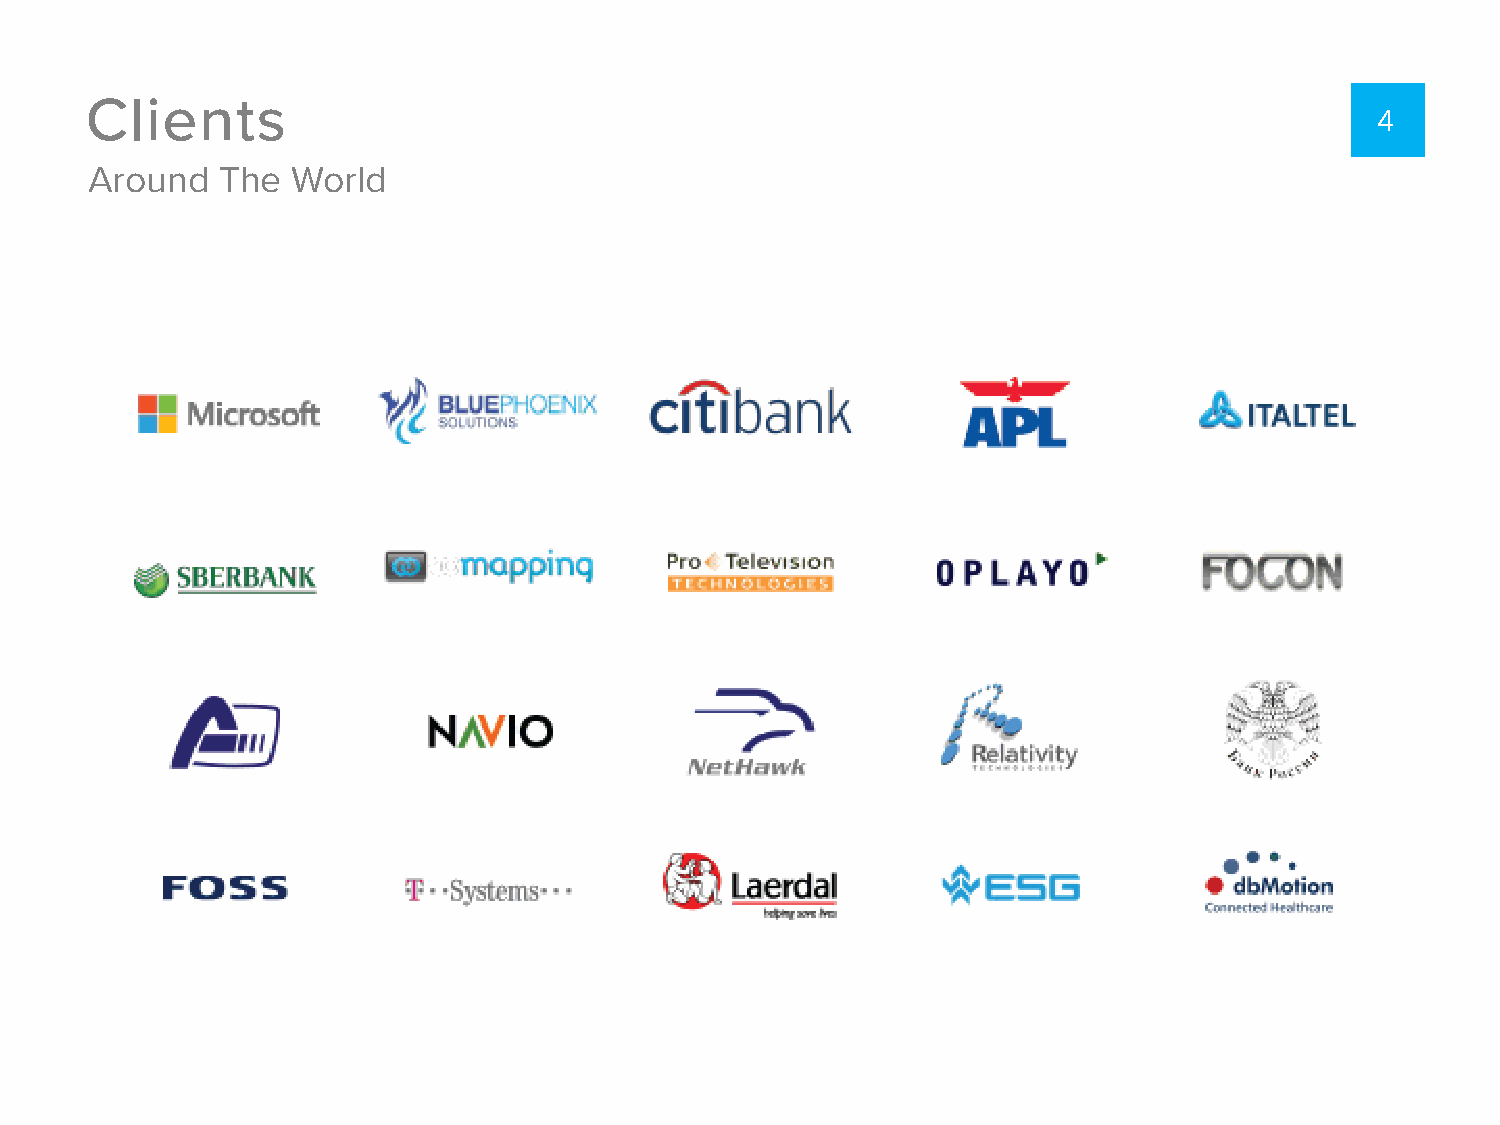
Clients
 4
 Around  The  World
 United States
 Finland
 Denmark
 Mobile video technology                           Russian Federation
 Electronic development
 Research Institute for Automatics
 Denmark                          Russian Federation
 Mind mapping software                                          United States
 Reengineering, Law, Education
 United States
 Transportation services
 Israel Health
 interoperability solutions
 Germany
 Finland
 Special Purpose Electronics
 United States
 Solutions for web and mobile
 Russian Federation
 Germany
 ICT systems
 Denmark
 Denmark
 Electronic development
 Italy           Electronic development
 Denmark        Electronic development
 Medical devices
 Israel
 Germany                     Denmark
 IT Modernization, legacy, migration
 Avionics and IT systems   Entertainment hospitality systems